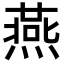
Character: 燕